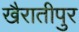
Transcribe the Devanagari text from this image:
खैरातीपुर